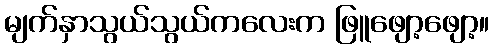
မျက်နှာသွယ်သွယ်ကလေးက ဖြူဖျော့ဖျော့။